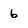
Character: 6